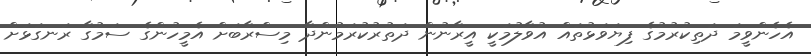
އެހެންވީމަ ދަތިކުރުމުގެ ފިޔަވަޅުތައް އުވާލުމަކީ އީރާނުން ދަތުރުކުރަމުންދާ މިސްރާބަށް އެމީހުންގެ ސަމުގާ ރަނގަޅަށް